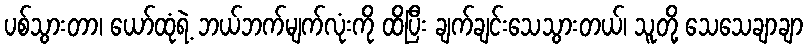
ပစ်သွားတာ၊ ယော်ထုံရဲ့ ဘယ်ဘက်မျက်လုံးကို ထိပြီး ချက်ချင်းသေသွားတယ်၊ သူတို့ သေသေချာချာ